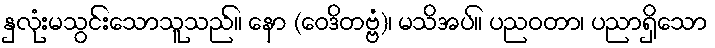
နှလုံးမသွင်းသောသူသည်။ နော (ဝေဒိတဗ္ဗံ)၊ မသိအပ်။ ပညဝတာ၊ ပညာရှိသော